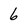
Character: 6